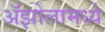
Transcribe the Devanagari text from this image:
ॲझोलामध्ये